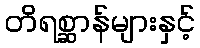
တိရစ္ဆာန်များနှင့်